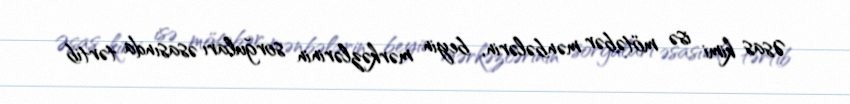
Əsas kimi isə mötəbər mənbələrin, beyin mərkəzlərinin sorğuları əsasında tərtib